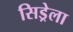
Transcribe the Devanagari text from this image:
सिड्रेला